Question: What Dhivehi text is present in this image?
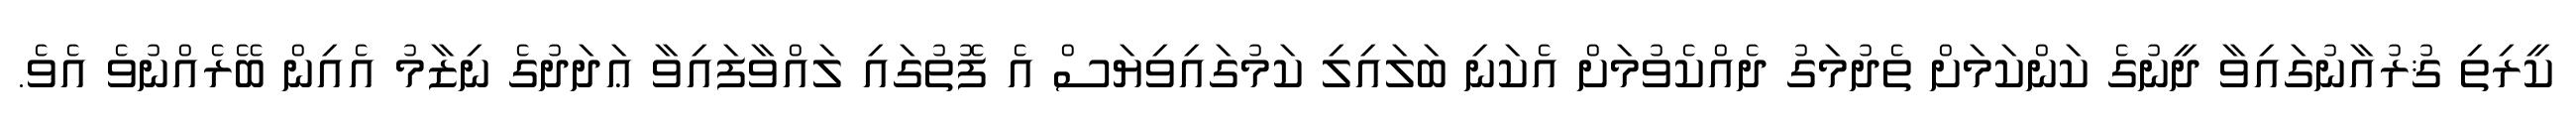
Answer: ކީރިތި ޤުރުއާނުގައިވާ ދީނުގެ ކަންކަމަށް ތެދުމަގު ދެއްކެވުމަށް އެކަނި ބަލައިލި ކަމުގައިވިޔަސް އެ ފޮތުގައި ލައްވާފައިވާ ޢަދަދުގެ ނިޒާމު އެއިން ބޭރެއްނުވެ އެވެ.